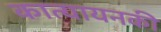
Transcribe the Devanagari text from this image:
कात्यायनकी